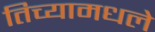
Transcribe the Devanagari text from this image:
तिच्यामधले